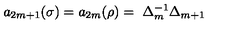
a _ { 2 m + 1 } ( \sigma ) = a _ { 2 m } ( \rho ) = \ \Delta _ { m } ^ { - 1 } \Delta _ { m + 1 }